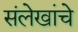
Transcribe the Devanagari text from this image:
संलेखांचे